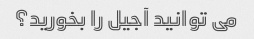
می توانید آجیل را بخورید؟